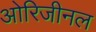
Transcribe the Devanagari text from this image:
ओरिजीनल